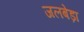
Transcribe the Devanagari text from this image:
जलबेड़ा